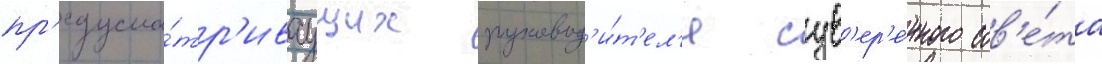
пр'едусма́тр'иваущих руковод'и́т'ел'я сув'ер'е́нного сов'е́та